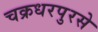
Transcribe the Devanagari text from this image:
चक्रधरपुरसे